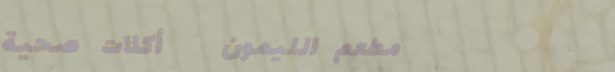
مطعم الليمون   أكلات صحية